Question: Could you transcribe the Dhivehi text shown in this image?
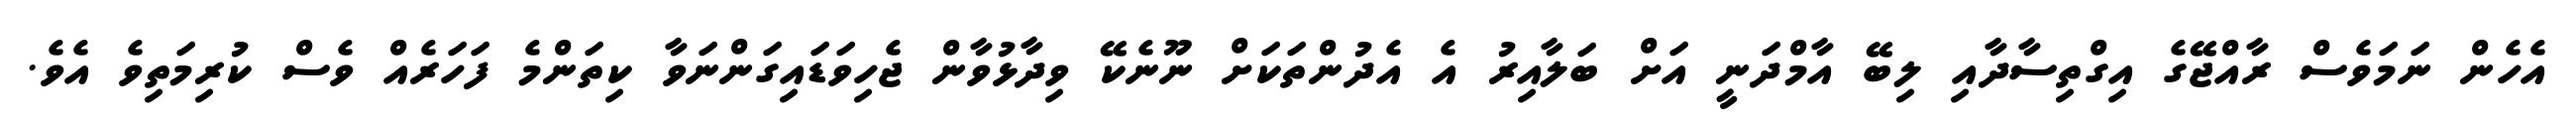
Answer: އެހެން ނަމަވެސް ރާއްޖޭގެ އިގްތިސާދާއި ލިބޭ އާމްދަނީ އަށް ބަލާއިރު އެ އެދުންތަކަށް ނޫނެކޭ ވިދާޅުވާން ޖެހިވަޑައިގަންނަވާ ކިތަންމެ ފަހަރެއް ވެސް ކުރިމަތިވެ އެވެ.